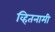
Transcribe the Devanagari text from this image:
व्हितनामी